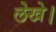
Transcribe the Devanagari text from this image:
लेखे।